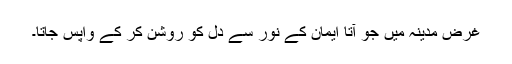
غرض مدینہ میں جو آتا ایمان کے نور سے دل کو روشن کر کے واپس جاتا۔